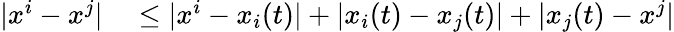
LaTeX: \begin{array}{rl}{|x^{i}-x^{j}|}&{{}\leq|x^{i}-x_{i}(t)|+|x_{i}(t)-x_{j}(t)|+|x_{j}(t)-x^{j}|}\end{array}